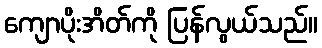
ကျောပိုးအိတ်ကို ပြန်လွယ်သည်။